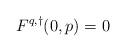
LaTeX: \begin{align*}F^{q,\dagger}(0,p) = 0\end{align*}